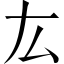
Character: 厷